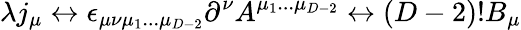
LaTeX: \lambda j_{\mu}\leftrightarrow\epsilon_{\mu\nu\mu_{1}...\mu_{D-2}}\partial^{\nu}A^{\mu_{1}...\mu_{D-2}}\leftrightarrow(D-2)!B_{\mu}